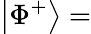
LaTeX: \left|\Phi^{+}\right\rangle=